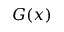
G ( x )